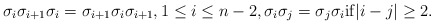
\begin{align*}\sigma_{i}\sigma_{i+1}\sigma_{i}=\sigma_{i+1}\sigma_{i}\sigma_{i+1}, 1 \le i \le n-2, \sigma_{i}\sigma_{j}=\sigma_{j}\sigma_{i} {\rm if} |i-j|\ge 2.\end{align*}